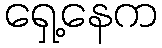
ရှေ့နေက